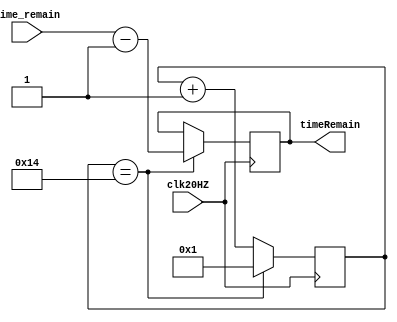
module Decrementer(clk20HZ,time_remain,timeRemain);
input clk20HZ;
input [13:0] time_remain;
output [13:0] timeRemain;

reg  state;
reg [4:0] counter;

initial begin
timeRemain = 0;
counter = 0;
end

always @(posedge clk20HZ)
begin
if (counter == 20)begin
counter <= 1;
timeRemain <= time_remain - 1;end
else counter <= counter + 1;
end

endmodule